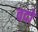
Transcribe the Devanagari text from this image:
वदों